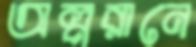
অল্পরানে